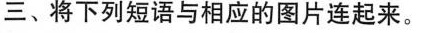
三、将下列短语与相应的图片连起来.